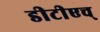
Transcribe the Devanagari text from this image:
डीटीएच्‌